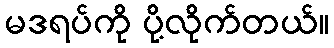
မဒရပ်ကို ပို့လိုက်တယ်။